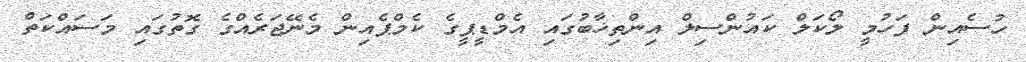
ހުސެއިން ފަހުމީ ލޯކަލް ކައުންސިލް އިންތިޚާބުގައި އެމްޑީޕީގެ ކެމްޕެއިން މެނޭޖަރެއްގެ ގޮތުގައި މަސައްކަތް